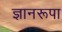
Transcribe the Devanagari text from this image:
ज्ञानरूपा